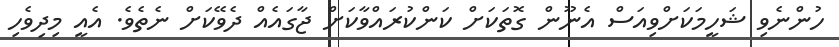
ހުންނެވި ޝަހީމަކަށްވިއަސް އެނޫން ގޮތަކަށް ކަންކުރައްވާކަށް ޖާގައެއް ދެވޭކަށް ނެތެވެ. އެއީ މިދިވެހި